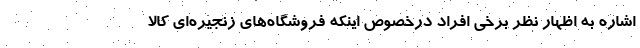
اشاره به اظهار نظر برخي افراد درخصوص اينكه فروشگاه‌هاي زنجيره‌اي كالا